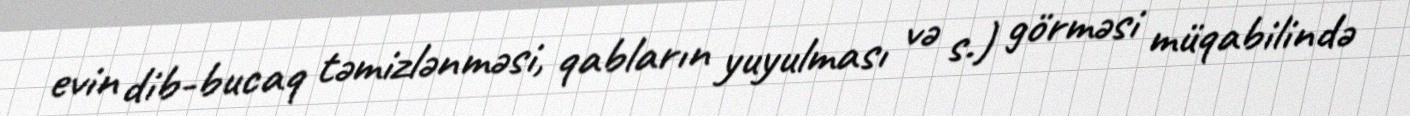
evin dib-bucaq təmizlənməsi, qabların yuyulması və s.) görməsi müqabilində